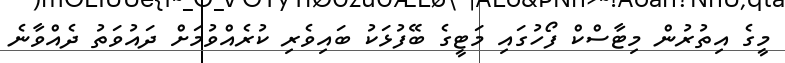
މީގެ އިތުރުން މިޓާސްކް ފޯހުގައި މަޓީގެ ބޭފުޅަކު ބައިވެރި ކުރެއްވުމަށް ދައުވަތު ދެއްވާނެ